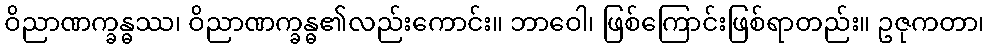
ဝိညာဏက္ခန္ဓဿ၊ ဝိညာဏက္ခန္ဓ၏လည်းကောင်း။ ဘာဝေါ၊ ဖြစ်ကြောင်းဖြစ်ရာတည်း။ ဥဇုကတာ၊